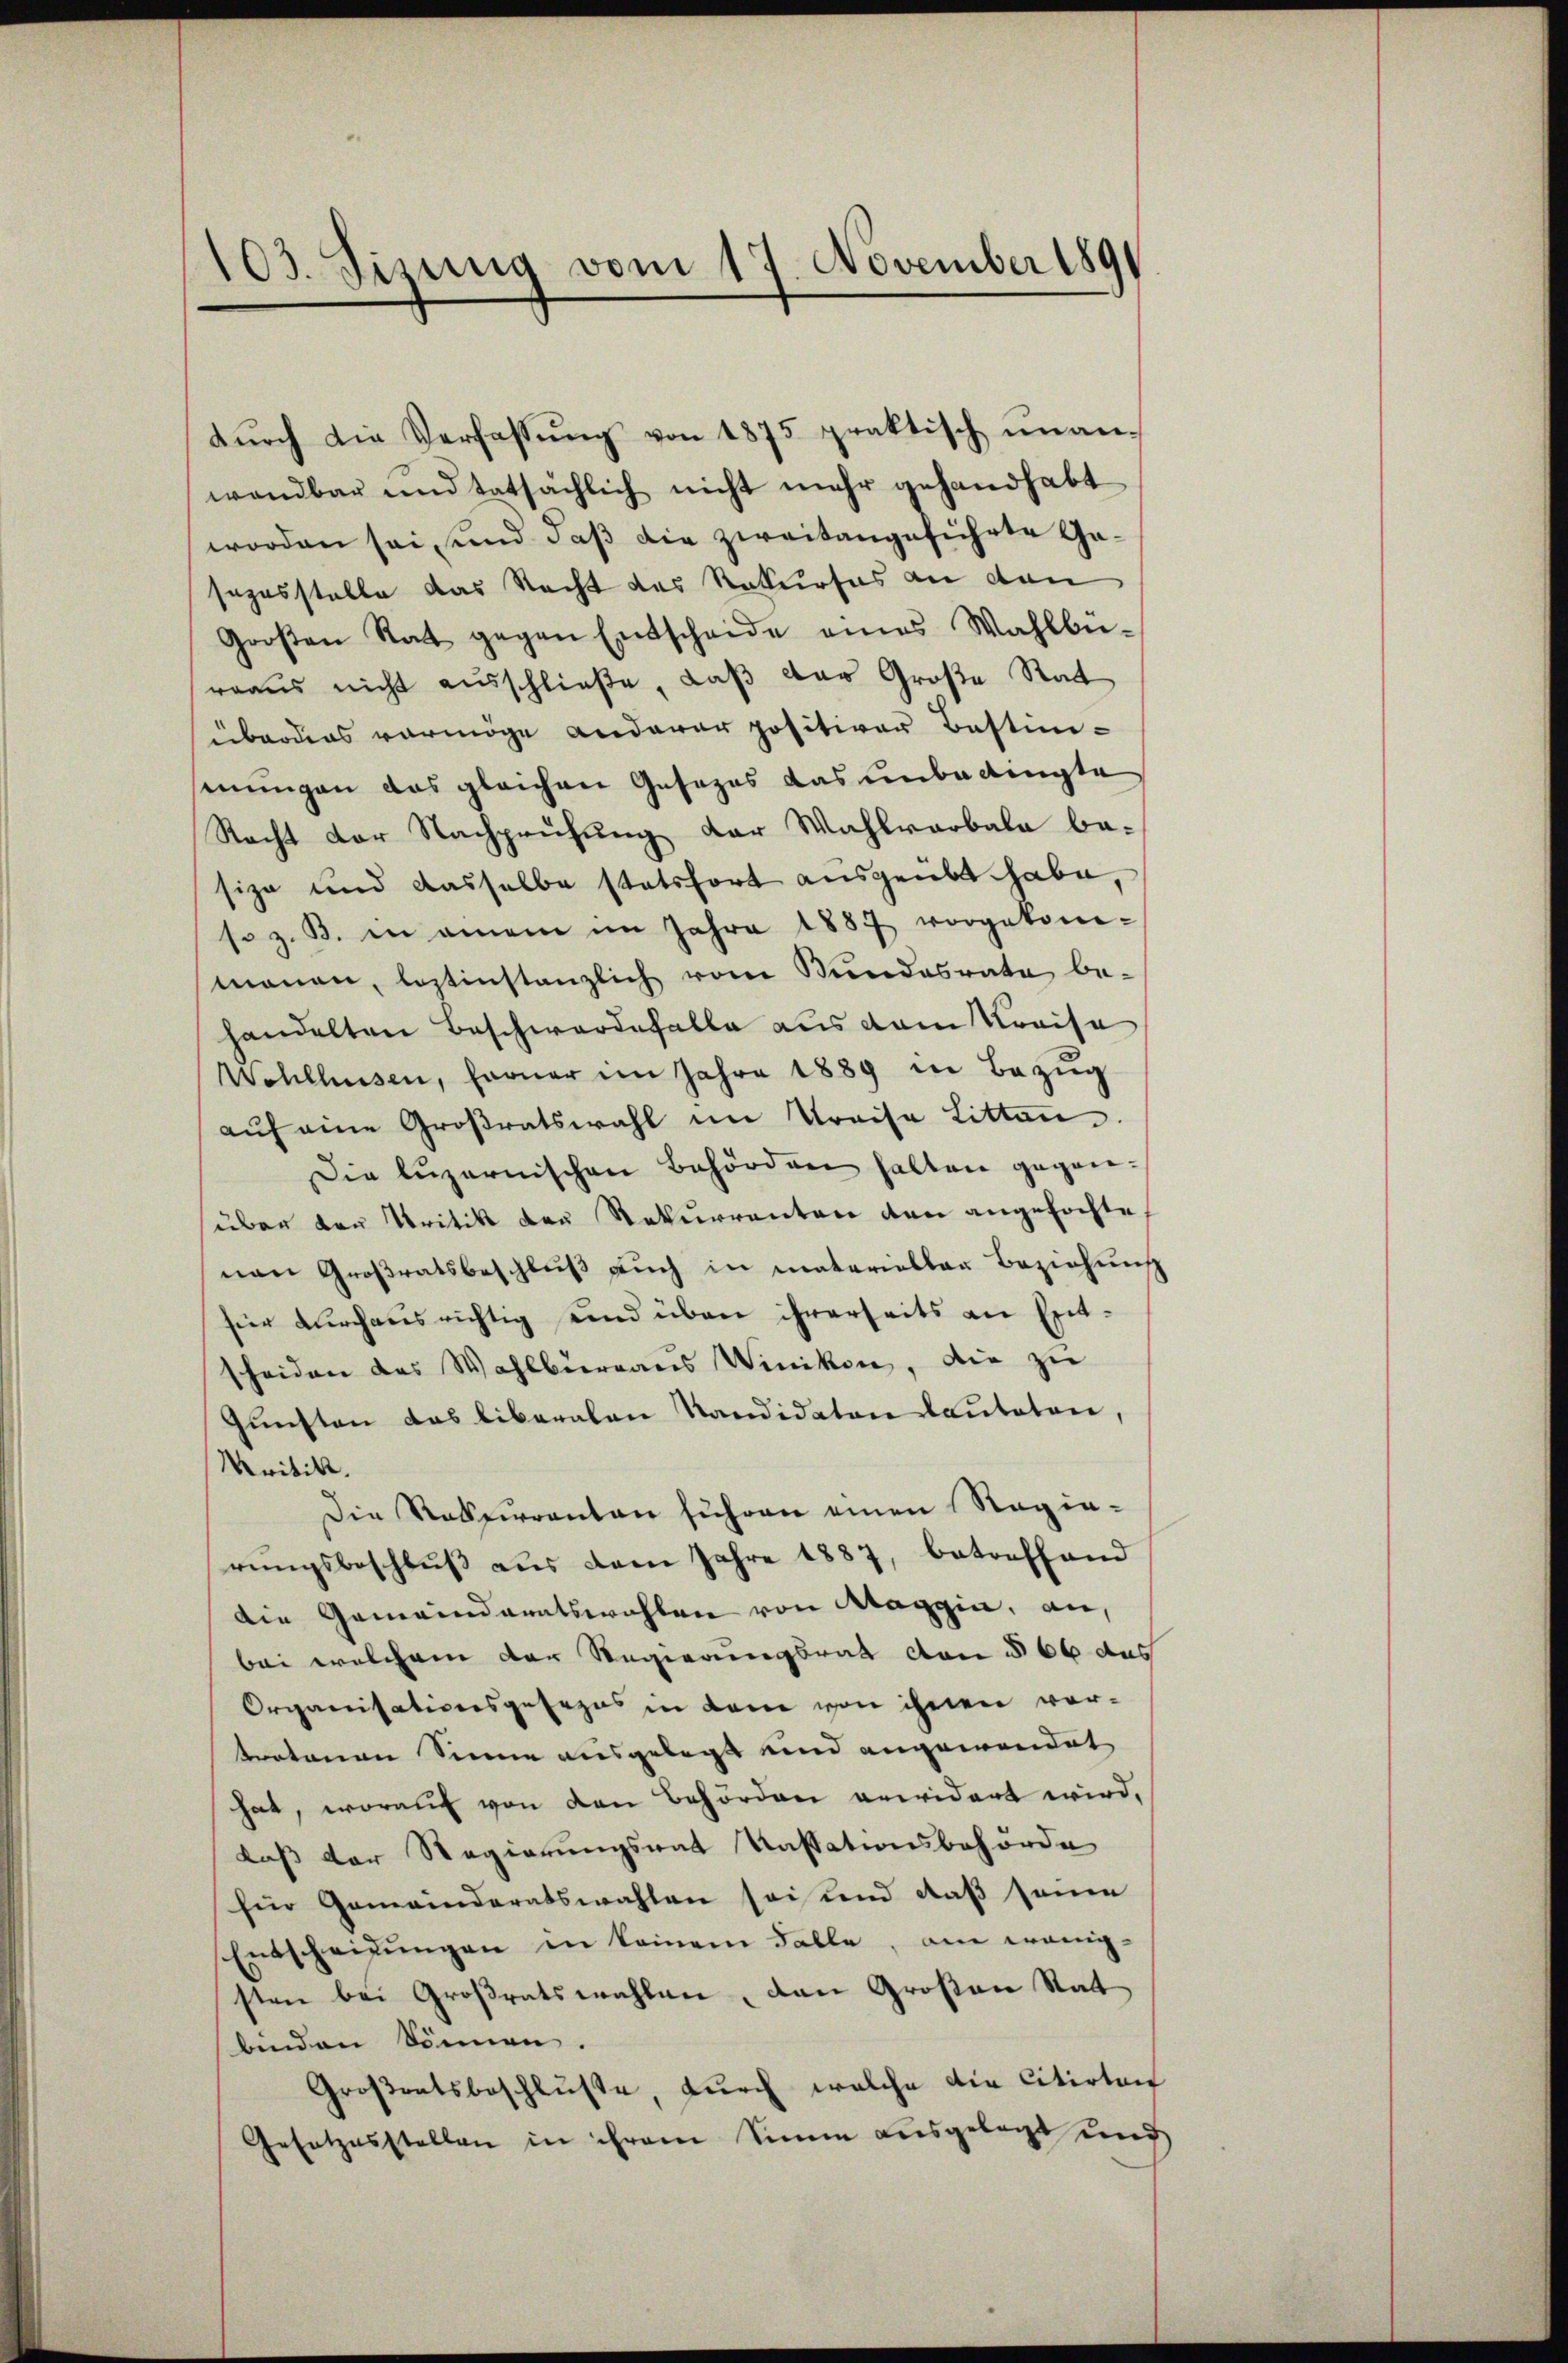
103. Sisung vom 17. November 1891

dŭrch die Verfassung von 1875 praktisch unanwandbar und tatsächlich nicht mehr gehandhabt
worden sei, und daß die zweitangeführte Gasapasstelle das Nacht das Rekurses an den
Großen Rat gegen Entscheide eines Wahlbü-
rraus nicht ausschließe, daß das Große Rat
überdies vermöge anderer positiver Bestimsenungen das gleichen Gesezes das unbedingte
Recht der Nachprüfung der Wahlvarbala ba-
size und dasselbe statsfort ausgeübt habe,
so z. B. in amen im Jahre 1887 vorgekom-
manen, leztinstanzlich vom Bundesrate be-
handelten Beschwerdefalle aus dem Kreise
Wohlhusen, farner im Jahre 1889 in Bezŭg
auf eine Großratswahl im Preise Litten.
Die luzernischen Behörden halten gegen-
über den Kritik den Rekurrenten den angefochte
nen Großratsbeschluß auch in materiellen Beziehung
hier durchausrichtig und über ihrerseits an Entscheiden des Wahlbieraus Winikon, die zu
Gunsten das liberalen Kandidaten lauteten
Kritik.
Die Rekuranten suchen einen Ragia-
rŭngsbeschlŭβ aŭs dem Jahre 1887, betreffend
die Gemeindratswahlen von Maggia, an,
bei welchem der Regierungsrat con § 66 des
Organisationsgesezes in dem von ihnen vortratonen Sinne ausgelegt und angewendet
hat, worauf von den Behörden erwidert wird,
daß der Regierungsrat Kassationsbehörde
für Gemeinderatswahlen sei und daß seien
Entscheidungen in keinem Falle, am wenig-
sten bei Großratswahlen, den Großen Rat
binden können.
Großratsbeschluße, durch welche die Citirten
Gesetzesstellen in ihrem Sinne ausgelegt und